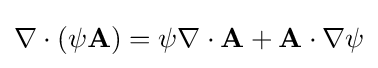
\nabla \cdot \left(\psi \mathbf {A} \right)=\psi \nabla \cdot \mathbf {A} +\mathbf {A} \cdot \nabla \psi